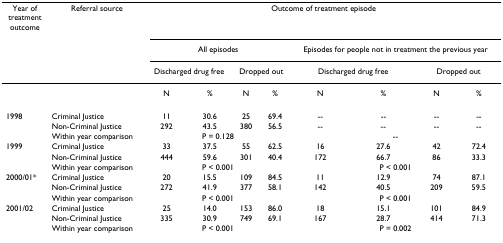
| Year of treatment outcome | Referral source | <COLSPAN=8> Outcome of treatment episode |
 |  |  | <COLSPAN=4> All episodes | <COLSPAN=4> Episodes for people not in treatment the previous year |
 |  |  | <COLSPAN=2> Discharged drug free | <COLSPAN=2> Dropped out | <COLSPAN=2> Discharged drug free | <COLSPAN=2> Dropped out |
 | --- | --- | --- | --- | --- | --- | --- | --- | --- | --- |
 |  |  | N | % | N | % | N | % | N | % |
 | 1998 | Criminal Justice | 11 | 30.6 | 25 | 69.4 | -- | -- | -- | -- |
 |  | Non-Criminal Justice | 292 | 43.5 | 380 | 56.5 | -- | -- | -- | -- |
 |  | Within year comparison | <COLSPAN=4> P = 0.128 | <COLSPAN=4> -- |
 | 1999 | Criminal Justice | 33 | 37.5 | 55 | 62.5 | 16 | 27.6 | 42 | 72.4 |
 |  | Non-Criminal Justice | 444 | 59.6 | 301 | 40.4 | 172 | 66.7 | 86 | 33.3 |
 |  | Within year comparison | <COLSPAN=4> P < 0.001 | <COLSPAN=4> P < 0.001 |
 | 2000/01* | Criminal Justice | 20 | 15.5 | 109 | 84.5 | 11 | 12.9 | 74 | 87.1 |
 |  | Non-Criminal Justice | 272 | 41.9 | 377 | 58.1 | 142 | 40.5 | 209 | 59.5 |
 |  | Within year comparison | <COLSPAN=4> P < 0.001 | <COLSPAN=4> P < 0.001 |
 | 2001/02 | Criminal Justice | 25 | 14.0 | 153 | 86.0 | 18 | 15.1 | 101 | 84.9 |
 |  | Non-Criminal Justice | 335 | 30.9 | 749 | 69.1 | 167 | 28.7 | 414 | 71.3 |
 |  | Within year comparison | <COLSPAN=4> P < 0.001 | <COLSPAN=4> P = 0.002 |